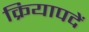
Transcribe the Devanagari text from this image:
क्रियापदें